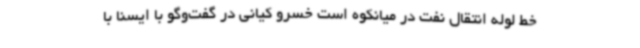
خط لوله انتقال نفت در میانکوه است خسرو کیانی در گفت‌وگو با ایسنا با